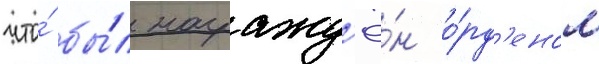
что́ бы́л награжд'ё́н о́рд'еном